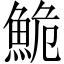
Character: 鮠